Vaccine operations Central Provinces & Berar 1922-1929 - 1922-1929
Year: 1922
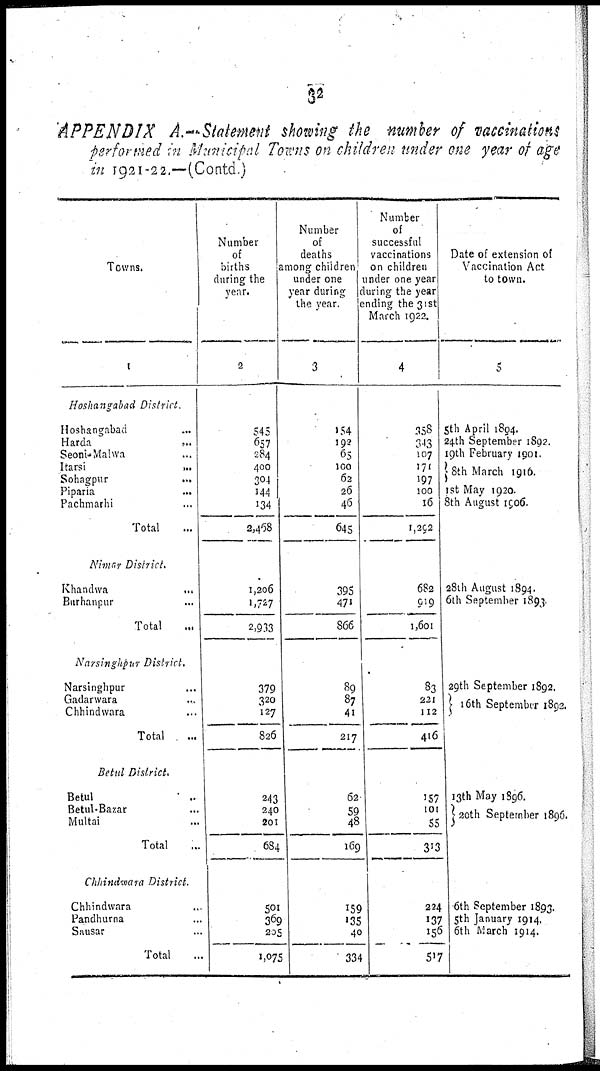
32
APPENDIX
A.—Statement showing the number of vaccinations
performed in Municipal Towns on children under one year of age
in 1921-22.—(Contd.)
Towns.
1
Hoshangabad District.
Hoshangabad ...
Harda
...
Seoni-Malwa ...
Itarsi
...
Sohagpur
...
Piparia
...
Pachmarhi ...
Total ...
Nimar District.
Khandwa
...
Burhanpur ...
Total ...
Narsinghpur District.
Narsinghpur ...
Gadarwara ...
Chhindwara ...
Total ...
Betul District.
Betul ...
Betul-Bazar ...
Multai ...
Total ...
Chhindwara District.
Chhindwara ...
Pandhurna ...
Sausar ...
Total ...
Number
of
births
during the
year.
2
545
657
284
400
304
144
134
2,468
1,206
1,727
2,933
379
320
127
826
243
240
201
684
501
369
205
1,075
Number
of
deaths
among children
under one
year during
the year.
3
154
192
65
100
62
26
46
645
395
471
866
89
87
41
217
62
59
48
169
159
135
40
334
Number
of
successful
vaccinations
on children
under one year
during the year
ending the 31st
March 1922.
4
358
343
107
171
197
100
16
1,292
682
919
1,601
83
221
112
416
157
101
55
313
224
137
156
517
Date of extension of
Vaccination Act
to town.
5
5th April 1894.
24th September 1892.
19th February 1901.
8th March 1916.
1st May 1920.
8th August 1906.
28th August 1894.
6th September 1893.
29th September 1892.
16th September 1892.
13th May 1896.
20th September 1896.
6th September 1893.
5th January 1914.
6th March 1914.